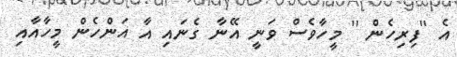
އެ ''ފިރިހެން '' މީހާވެސް ވަނީ އޭނާ ގެނައި އާ އަންހެން މީހާއާއި